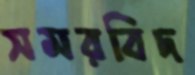
সমরবিদ